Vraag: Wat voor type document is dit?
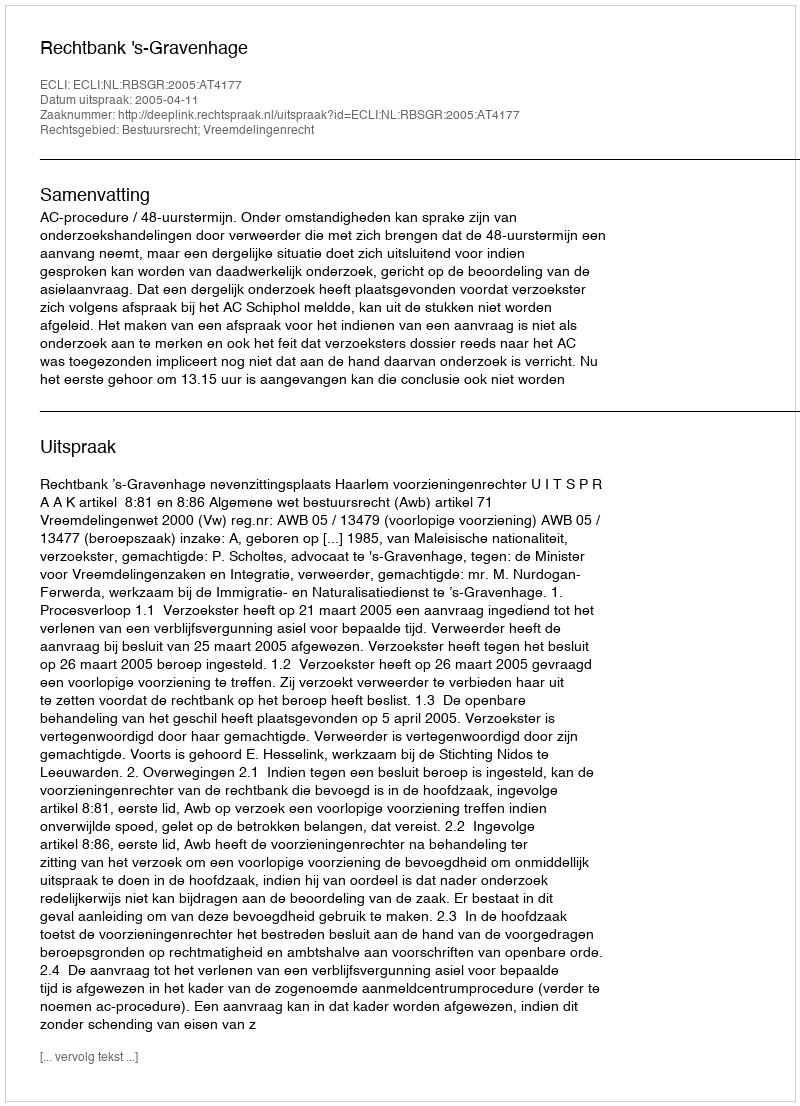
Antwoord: Uitspraak